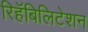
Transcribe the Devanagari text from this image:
रिहॅबिलिटेशन